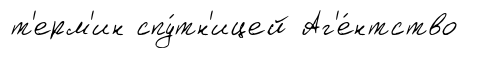
т'ерм'ин спу́тн'ицей Аг'е́нтство